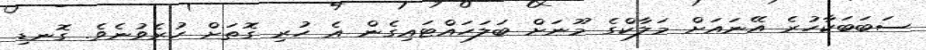
ސަބަބަކާހުރެ އޭނައަށް މަލާކްގެ މޫނަށް ބަލަހައްޓައިގެން އެ ހުރި ގޮތަށް ހުރެވުނެވެ. ގޮނޑި